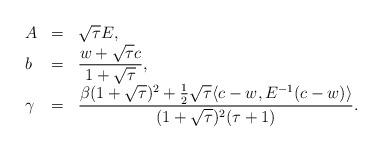
LaTeX: \begin{align*}\begin{array}{lll}A&=&\sqrt{\tau}E,\\b&=&\displaystyle{\frac{w+\sqrt{\tau}c}{1+\sqrt{\tau}}},\\\gamma&=&\displaystyle{\frac{\beta(1+\sqrt{\tau})^2+\frac{1}{2}\sqrt{\tau}\langle c-w,E^{-1}(c-w)\rangle}{(1+\sqrt{\tau})^2(\tau+1)}}.\end{array}\end{align*}